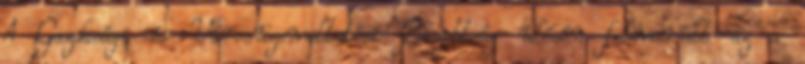
A Gazdasági és Városüzemeltetési Bizottság ülésén felmerült az a